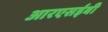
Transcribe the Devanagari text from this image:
आरएसईबी